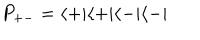
P _ { + - } = \langle + | \langle + | \langle - | \langle - |